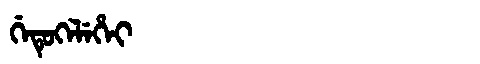
Manchu: ᡤᡝᡨᡠᡴᡝᠯᡝᡥᡝᡳ
Romanization: GETUKELEHEI